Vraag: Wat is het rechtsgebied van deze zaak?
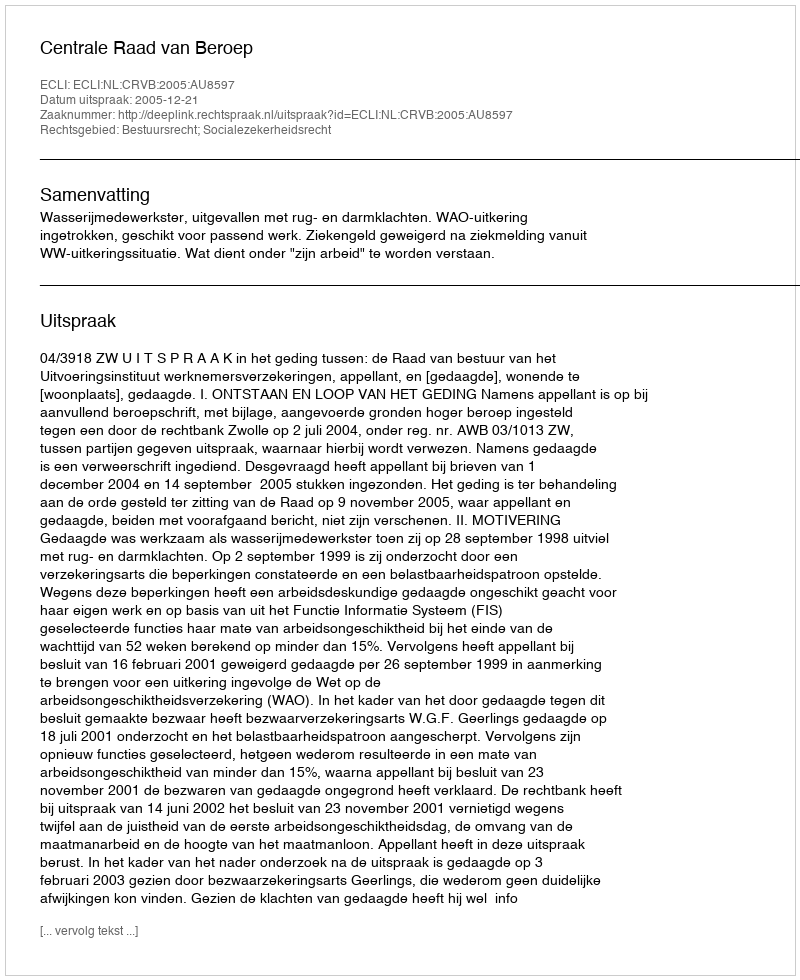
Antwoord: Bestuursrecht; Socialezekerheidsrecht